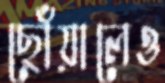
ছোঁয়ালেও